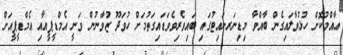
ޢާއްމުކޮށް ހުޅުވާލައިގެން ބާއްވާ މިޑިނަރނައިޓުގައި ބައިވެރިވެވަޑައިގަތުމަށް ހުވަދޫ ޒުވާނުން ވަނީ އެމްޑީޕީއާއި އެމްޑީޕީއަށް